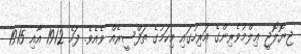
ޖިޔޮލޮޖީ ޢިލްމުވެރިންގެ އަރިހުގައި މިކަމުގެ ތަފްސީރެއް ވެއެވެ. ފަހެ 1912 އާއި 1915